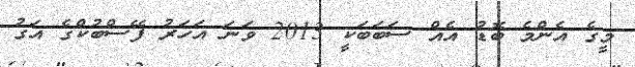
މީގެ އެންމެ ބޮޑު އެއް ސަބަބަކީ 2013 ވަނަ އަހަރު ފޭސްބުކްގެ އަގު